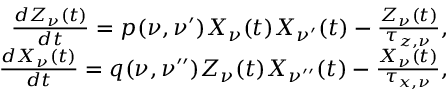
\begin{array} { r } { \frac { d Z _ { \nu } ( t ) } { d t } = p ( \nu , \nu ^ { \prime } ) X _ { \nu } ( t ) X _ { \nu ^ { \prime } } ( t ) - \frac { Z _ { \nu } ( t ) } { \tau _ { z , \nu } } , } \\ { \frac { d X _ { \nu } ( t ) } { d t } = q ( \nu , \nu ^ { \prime \prime } ) Z _ { \nu } ( t ) X _ { \nu ^ { \prime \prime } } ( t ) - \frac { X _ { \nu } ( t ) } { \tau _ { x , \nu } } , } \end{array}